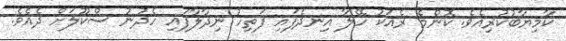
ކާމިޔާބުކުރިއެވެ. ކޮންމެ ރެއަކު ހޭލާ އިނދެފައި ފަތިހު ނިދާލާފައި ހެދުނު ސްކޫލަށް ދެއެވެ.